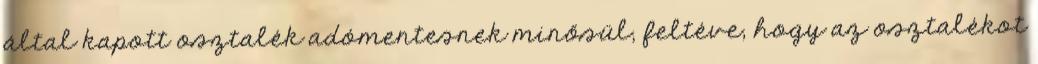
által kapott osztalék adómentesnek minősül, feltéve, hogy az osztalékot